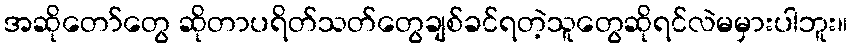
အဆိုတော်တွေ ဆိုတာပရိတ်သတ်တွေချစ်ခင်ရတဲ့သူတွေဆိုရင်လဲမမှားပါဘူး။